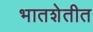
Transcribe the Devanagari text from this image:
भातशेतीत